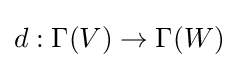
d:\Gamma (V)\rightarrow \Gamma (W)